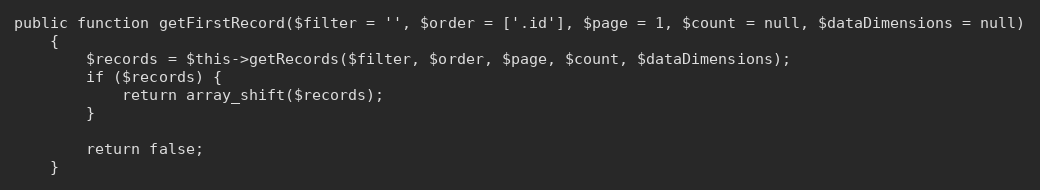
Language: PHP
public function getFirstRecord($filter = '', $order = ['.id'], $page = 1, $count = null, $dataDimensions = null)
    {
        $records = $this->getRecords($filter, $order, $page, $count, $dataDimensions);
        if ($records) {
            return array_shift($records);
        }

        return false;
    }